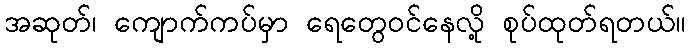
အဆုတ်၊ ကျောက်ကပ်မှာ ရေတွေဝင်နေလို့ စုပ်ထုတ်ရတယ်။